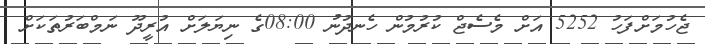
ޖެހުމަށްފަހު 5252 އަށް މެސެޖް ކުރުމުން ހެނދުނު 08:00ގެ ނިޔަލަށް އުރީދޫ ނަމްބަރުތަކަށް